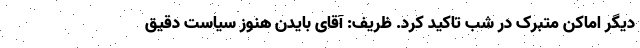
دیگر اماکن متبرک در شب تاکید کرد. ظریف: آقای بایدن هنوز سیاست دقیق